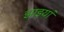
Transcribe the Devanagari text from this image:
झाइयां